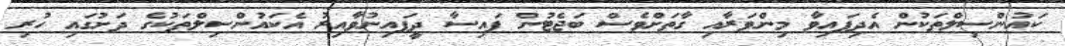
ކައުންސިލްތަކުން އެދިފައިވާ މިންވަރާއި ގާތަށްވެސް ބަޖެޓުން ފައިސާ ދީފައިނުވާއިރު އެކައުންސިލްތަކުގެ ދަށުގައި ހުރި